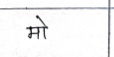
मजकूर: मो